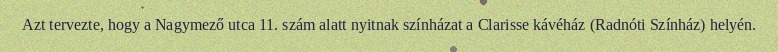
Azt tervezte, hogy a Nagymező utca 11. szám alatt nyitnak színházat a Clarisse kávéház (Radnóti Színház) helyén.